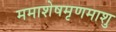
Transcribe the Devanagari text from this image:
ममाशेषमृणमाशु